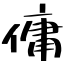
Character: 傭